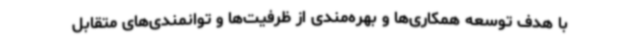
با هدف توسعه همکاری‌ها و بهره‌مندی از ظرفیت‌ها و توانمندی‌های متقابل